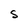
Character: S